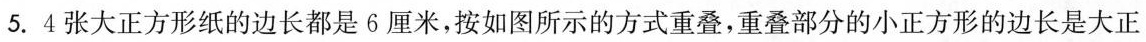
5.4张大正方形纸的边长都是6厘米，按如图所示的方式重叠，重叠部分的小正方形的边长是大正